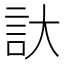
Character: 𮗹